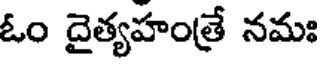
ఓం దైత్యహంత్రే నమః